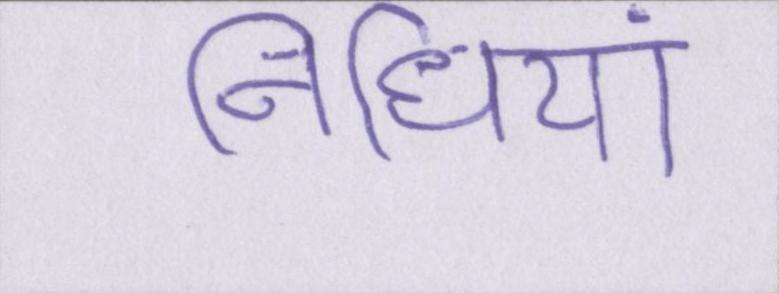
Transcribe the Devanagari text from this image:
निधियां